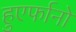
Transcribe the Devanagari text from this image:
हुएर्फानो